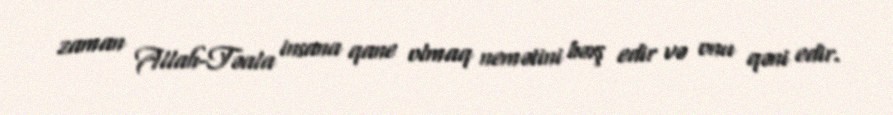
zaman Allah-Təala insana qane olmaq nemətini bəxş edir və onu qəni edir.